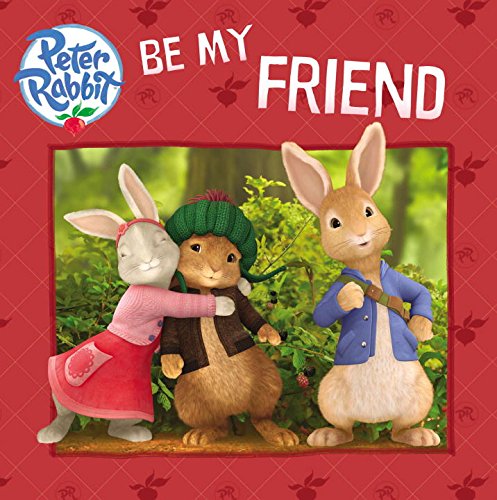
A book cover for Be My Friend (Peter Rabbit Animation); Warne; Children's Books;